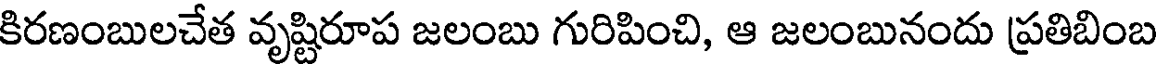
కిరణంబులచేత వృష్టిరూప జలంబు గురిపించి, ఆ జలంబునందు ప్రతిబింబ